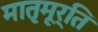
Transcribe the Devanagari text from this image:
मातृमूर्ति